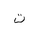
Letter: _ta